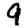
Digit: 9